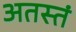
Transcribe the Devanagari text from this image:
अतस्तं